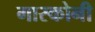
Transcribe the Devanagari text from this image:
गास्कोनी